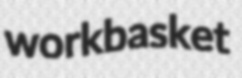
workbasket